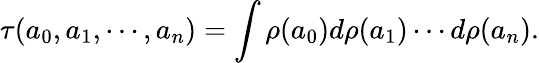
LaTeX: \tau(a_{0},a_{1},\cdots,a_{n})=\int\rho(a_{0})d\rho(a_{1})\cdots d\rho(a_{n}).